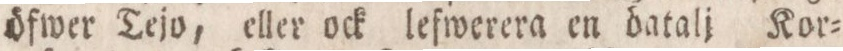
öfwer Tejo, eller ock lefwerera en batalj Kor=